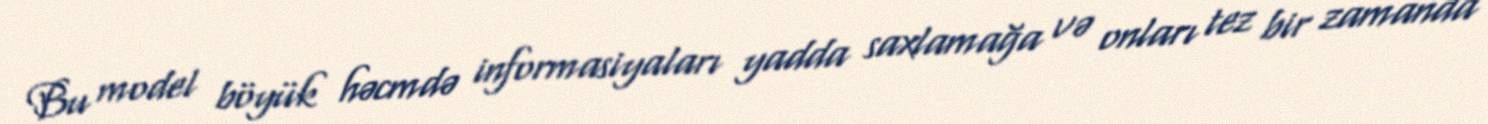
Bu model böyük həcmdə informasiyaları yadda saxlamağa və onları tez bir zamanda